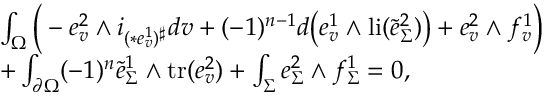
\begin{array} { r l } & { \int _ { \Omega } \Big ( - e _ { v } ^ { 2 } \wedge i _ { ( \ast e _ { v } ^ { 1 } ) ^ { \sharp } } d v + ( - 1 ) ^ { n - 1 } d \big ( e _ { v } ^ { 1 } \wedge \mathrm { l i } ( \tilde { e } _ { \Sigma } ^ { 2 } ) \big ) + e _ { v } ^ { 2 } \wedge f _ { v } ^ { 1 } \Big ) } \\ & { + \int _ { \partial \Omega } ( - 1 ) ^ { n } \tilde { e } _ { \Sigma } ^ { 1 } \wedge \mathrm { t r } ( e _ { v } ^ { 2 } ) + \int _ { \Sigma } e _ { \Sigma } ^ { 2 } \wedge f _ { \Sigma } ^ { 1 } = 0 , } \end{array}